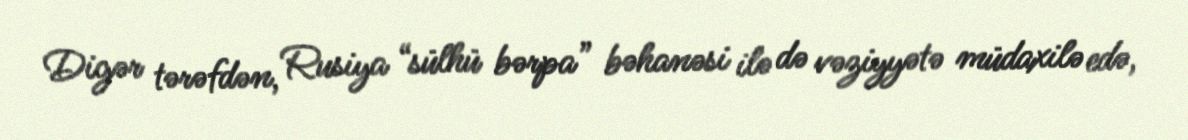
Digər tərəfdən, Rusiya “sülhü bərpa” bəhanəsi ilə də vəziyyətə müdaxilə edə,